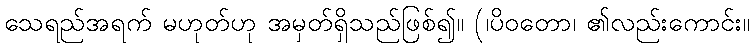
သေရည်အရက် မဟုတ်ဟု အမှတ်ရှိသည်ဖြစ်၍။ (၊ပိဝတော၊ ၏လည်းကောင်း။